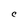
Character: c